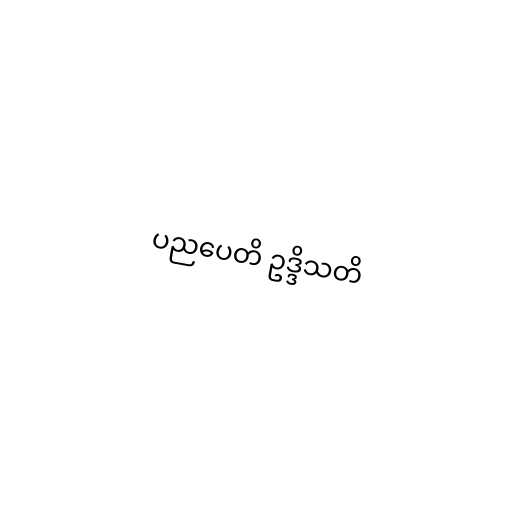
ပညပေတိ ဥဒ္ဒိသတိ